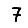
Digit: 7